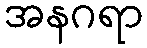
အနဂရာ